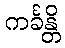
ကင်္ခန္တိ